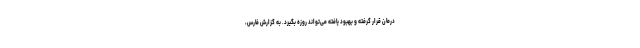
درمان قرار گرفته و بهبود یافته می‌تواند روزه بگیرد. به گزارش فارس،